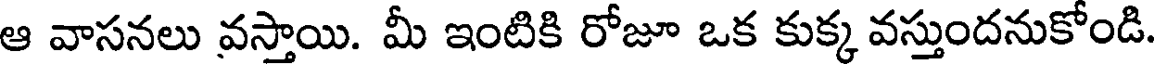
ఆ వాసనలు వస్తాయి. మీ ఇంటికి రోజూ ఒక కుక్క వస్తుందనుకోండి